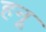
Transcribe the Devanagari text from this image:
हनू